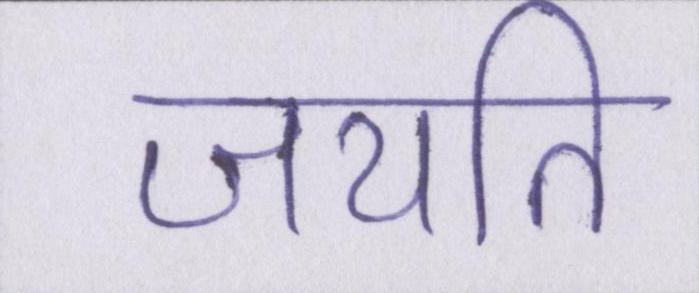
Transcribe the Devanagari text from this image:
जयति